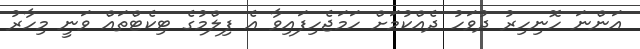
އަންނަ ހޮނިހިރު ދުވަހު ދެއްކުމަށް ހަމަޖެހިފައިވާ އެ ފިލްމުގެ ޓިކެޓްތައް ވަނީ މިހާރު